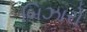
બિઝારો